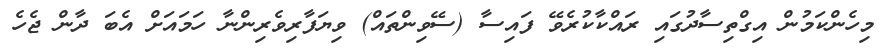
މިހެންކަމުން އިގްތިސާދުގައި ރައްކާކުރެވޭ ފައިސާ (ސޭވިންތައް) ވިޔަފާރިވެރިންނާ ހަމައަށް އެބަ ދާން ޖެހެ